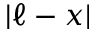
| \ell - x |